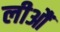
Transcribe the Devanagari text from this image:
लीआैं